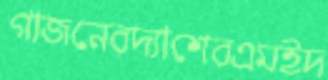
গাজনেরদ্যাশেরএমইদ